Reports on dispensaries and lunatic asylums in the Province of Oudh - 1869-1876
Year: 1869
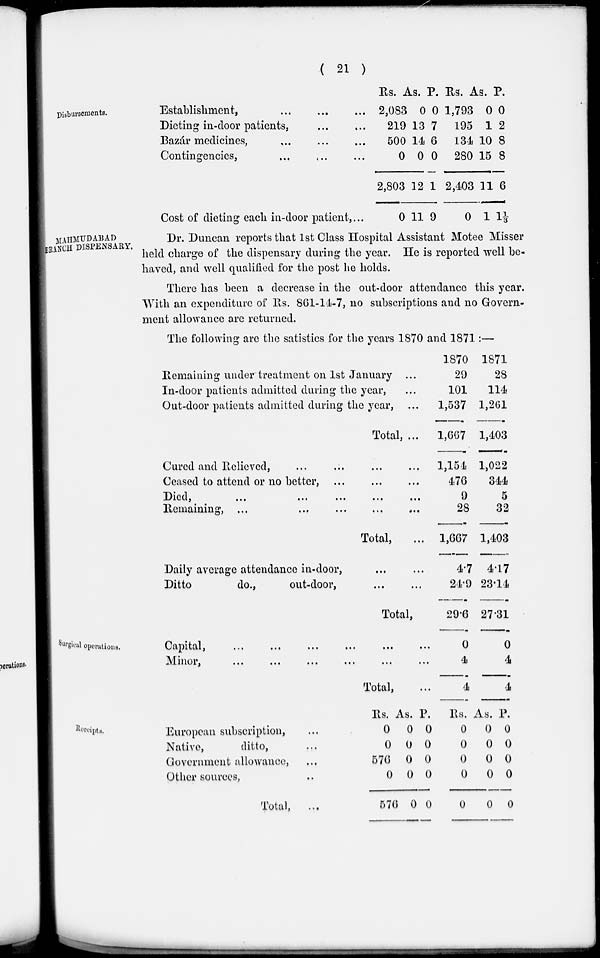
( 21 )
Disbursements.
Establishment, ... ... ...
Dieting in-door patients, ... ...
Bazár medicines, ... ... ...
Contingencies, ... ... ...
Cost of dieting each in-door patient, ...
Rs.
2,083
219
500
0
2,803
0
As.
0
13
14
0
12
11
P.
0
7
6
0
1
9
RS.
1,793
195
134
280
2,403
0
As.
0
1
10
15
11
1
P.
0
2
8
8
6
1 1/3
MAHMUDABAD
BRANCH DISPENSARY.
Dr. Duncan reports that 1st Class Hospital Assistant Motee Misser
held charge of the dispensary during the year. He is reported well be-
haved, and well qualified for the post he holds.
There has been a decrease in the out-door attendance this year.
With an expenditure of Rs. 861-14-7, no subscriptions and no Govern-
ment allowance are returned.
The following are the satistics for the years 1870 and 1871:—
Remaining under treatment on 1st January ...
In-door patients admitted during the year, ...
Out-door patients admitted during the year, ...
Total, ...
Cured and Relieved, ... ... ... ...
Ceased to attend or no better, ... ... ...
Died, ... ... ... ... ...
Remaining, ... ... ... ... ...
Total, ...
Daily average attendance in-door, ... ...
Ditto
do.,
out-door, ... ...
Total,
1870
29
101
1,537
1,667
1,154
476
9
28
1,667
4.7
24.9
29.6
1871
28
114
1,261
1,403
1,022
344
5
32
1,403
4.17
23.14
27.31
Surgical operations.
Capital, ... ... ... ... ... ...
Minor, ... ... ... ... ... ...
Total, ...
0
4
4
0
4
4
Receipts.
European subscription, ...
Native,
ditto, ...
Government allowance, ...
Other sources, ...
Total,
...
Rs.
0
0
576
0
576
As.
0
0
0
0
0
P.
0
0
0
0
0
Rs.
0
0
0
0
0
As.
0
0
0
0
0
P.
0
0
0
0
0